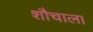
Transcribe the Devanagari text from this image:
शौचाला